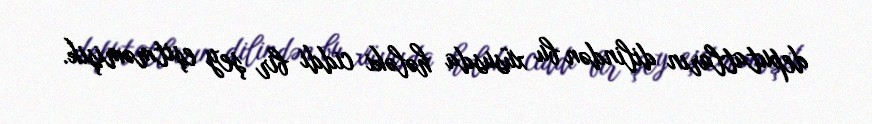
deputatların dilindən bu xüsusda hələki ciddi bir şey eşitməmişik.